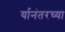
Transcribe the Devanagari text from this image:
र्यानंतरच्या